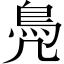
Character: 鳧